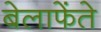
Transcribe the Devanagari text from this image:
बेलाफेंते